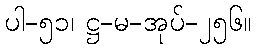
ပါ-၅၁၊ ဋ္ဌ-မ-အုပ်-၂၅၆။